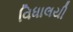
વિધાલયી